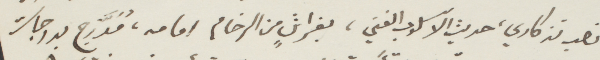
نصب تذ كاري، حديث الاسلوب الفني، بفراش من الرخام امامه، مُدّرج بدرجات